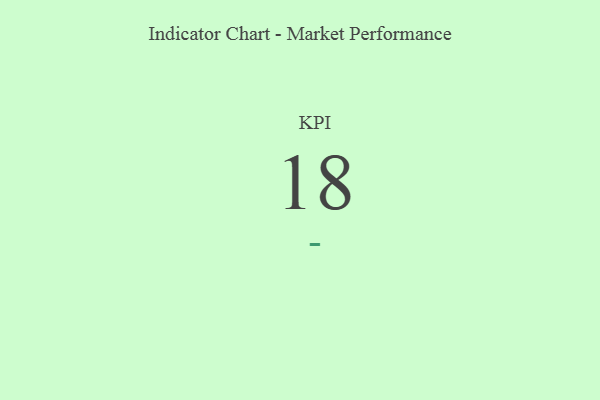
{"axis": {"x": "KPI", "y": "Value"}, "legend": [""], "data": [{"x": "KPI", "y": 18, "type": ""}]}